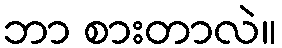
ဘာ စားတာလဲ။